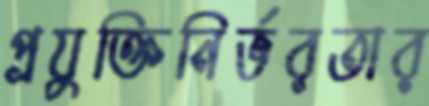
প্রযুক্তিনির্ভরতার